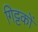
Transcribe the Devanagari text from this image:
गिट्टकों